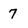
Character: 7